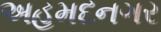
અહમદનગર